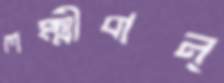
লক্ষ্মীবান্‌